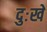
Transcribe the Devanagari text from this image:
दुःखें